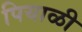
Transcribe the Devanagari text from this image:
पियाळी